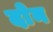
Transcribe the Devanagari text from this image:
दाेन